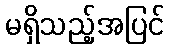
မရှိသည့်အပြင်